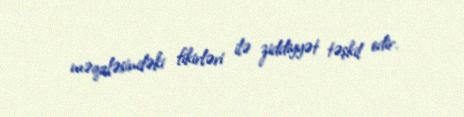
məqaləsindəki fikirləri ilə ziddiyyət təşkil edir.